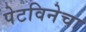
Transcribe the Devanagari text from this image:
पेटविनेचा